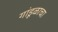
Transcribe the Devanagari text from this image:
गांडूळाचा